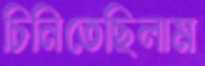
চিনিতেছিলাম